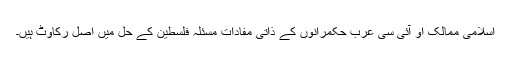
اسلامی ممالک او آئی سی عرب حکمرانوں کے ذاتی مفادات مسئلہ فلسطین کے حل میں اصل رکاوٹ ہیں۔